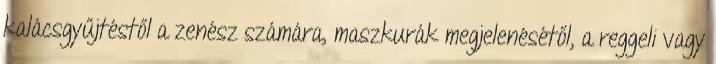
kalácsgyűjtéstől a zenész számára, maszkurák megjelenésétől, a reggeli vagy